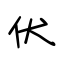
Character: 伏